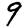
Digit: 9